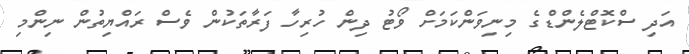
އަދި ސްކޮޓްލެންޑްގެ މިނިވަންކަމަށް ވޯޓު ދިން ހުރިހާ ފަރާތަކުން ވެސް ރައްޔިތުން ނިންމި